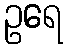
ဥရေ